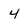
Character: 4